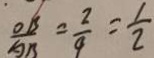
\frac { O B } { A B } = \frac { 2 } { 4 } = \frac { 1 } { 2 }